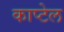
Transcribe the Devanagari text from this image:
काप्टेल